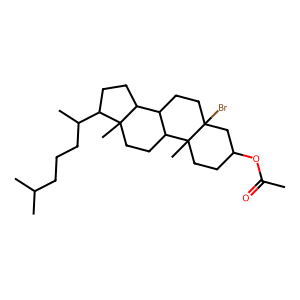
SMILES: CC(=O)OC1CCC2(C)C3CCC4(C)C(C(C)CCCC(C)C)CCC4C3CCC2(Br)C1
Inhibits HIV replication: No